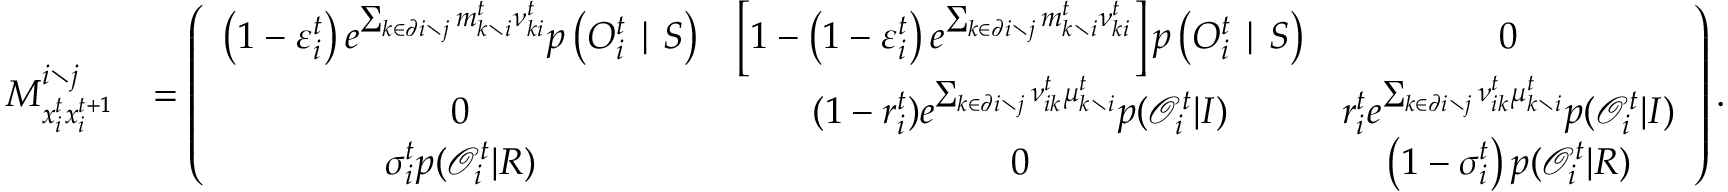
\begin{array} { r l } { M _ { x _ { i } ^ { t } x _ { i } ^ { t + 1 } } ^ { i \setminus j } } & { = \left( \begin{array} { c c c } { \left( 1 - \varepsilon _ { i } ^ { t } \right) e ^ { \sum _ { k \in \partial i \setminus j } m _ { k \setminus i } ^ { t } { \nu } _ { k i } ^ { t } } p \left( O _ { i } ^ { t } \mid S \right) } & { \left[ 1 - \left( 1 - \varepsilon _ { i } ^ { t } \right) e ^ { \sum _ { k \in \partial i \setminus j } m _ { k \setminus i } ^ { t } { \nu } _ { k i } ^ { t } } \right] p \left( O _ { i } ^ { t } \mid S \right) } & { 0 } \\ { 0 } & { ( 1 - r _ { i } ^ { t } ) e ^ { \sum _ { k \in \partial i \setminus j } \nu _ { i k } ^ { t } \mu _ { k \setminus i } ^ { t } } p ( \mathcal { O } _ { i } ^ { t } | I ) } & { r _ { i } ^ { t } e ^ { \sum _ { k \in \partial i \setminus j } \nu _ { i k } ^ { t } \mu _ { k \setminus i } ^ { t } } p ( \mathcal { O } _ { i } ^ { t } | I ) } \\ { \sigma _ { i } ^ { t } p ( \mathcal { O } _ { i } ^ { t } | R ) } & { 0 } & { \left( 1 - \sigma _ { i } ^ { t } \right) p ( \mathcal { O } _ { i } ^ { t } | R ) } \end{array} \right) . } \end{array}